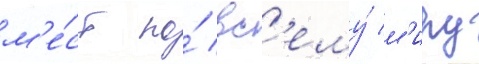
м'е́ст по́ вс'ему́ м'иру